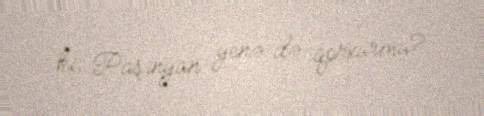
ki, Paşinyan yenə də qorxurmu?.